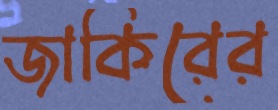
জাকিরের